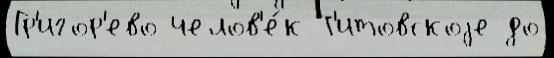
Гр'игор'ево челов'е́к Т'итовскоjе до